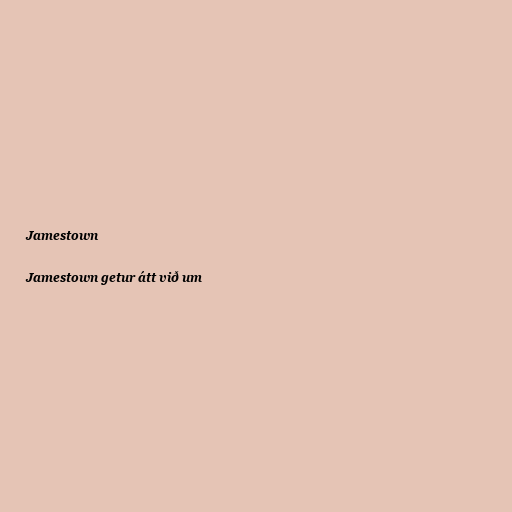
Jamestown

Jamestown getur átt við um